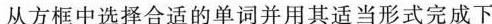
从方框中选择合适的单词并用其适当形式完成下